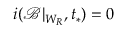
i ( \mathcal { B } | _ { W _ { R } } , t _ { * } ) = 0